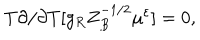
T \partial / \partial T [ g _ { R } Z _ { B } ^ { - 1 / 2 } \mu ^ { \varepsilon } ] = 0 ,